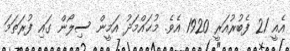
އެއީ 21 ފެބުރުއަރީ 1920 އެވެ. މުޙައްމަދު އަމީން ސިލޯން ގައި ފުރަތަމަ